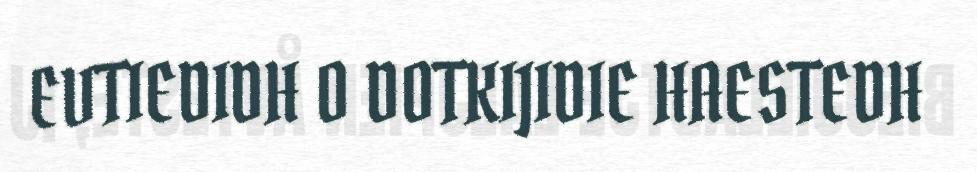
EVTIEDIDH O DOTKIJIDIE HAESTEDH